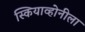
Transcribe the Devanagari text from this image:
स्कियाव्होनीला